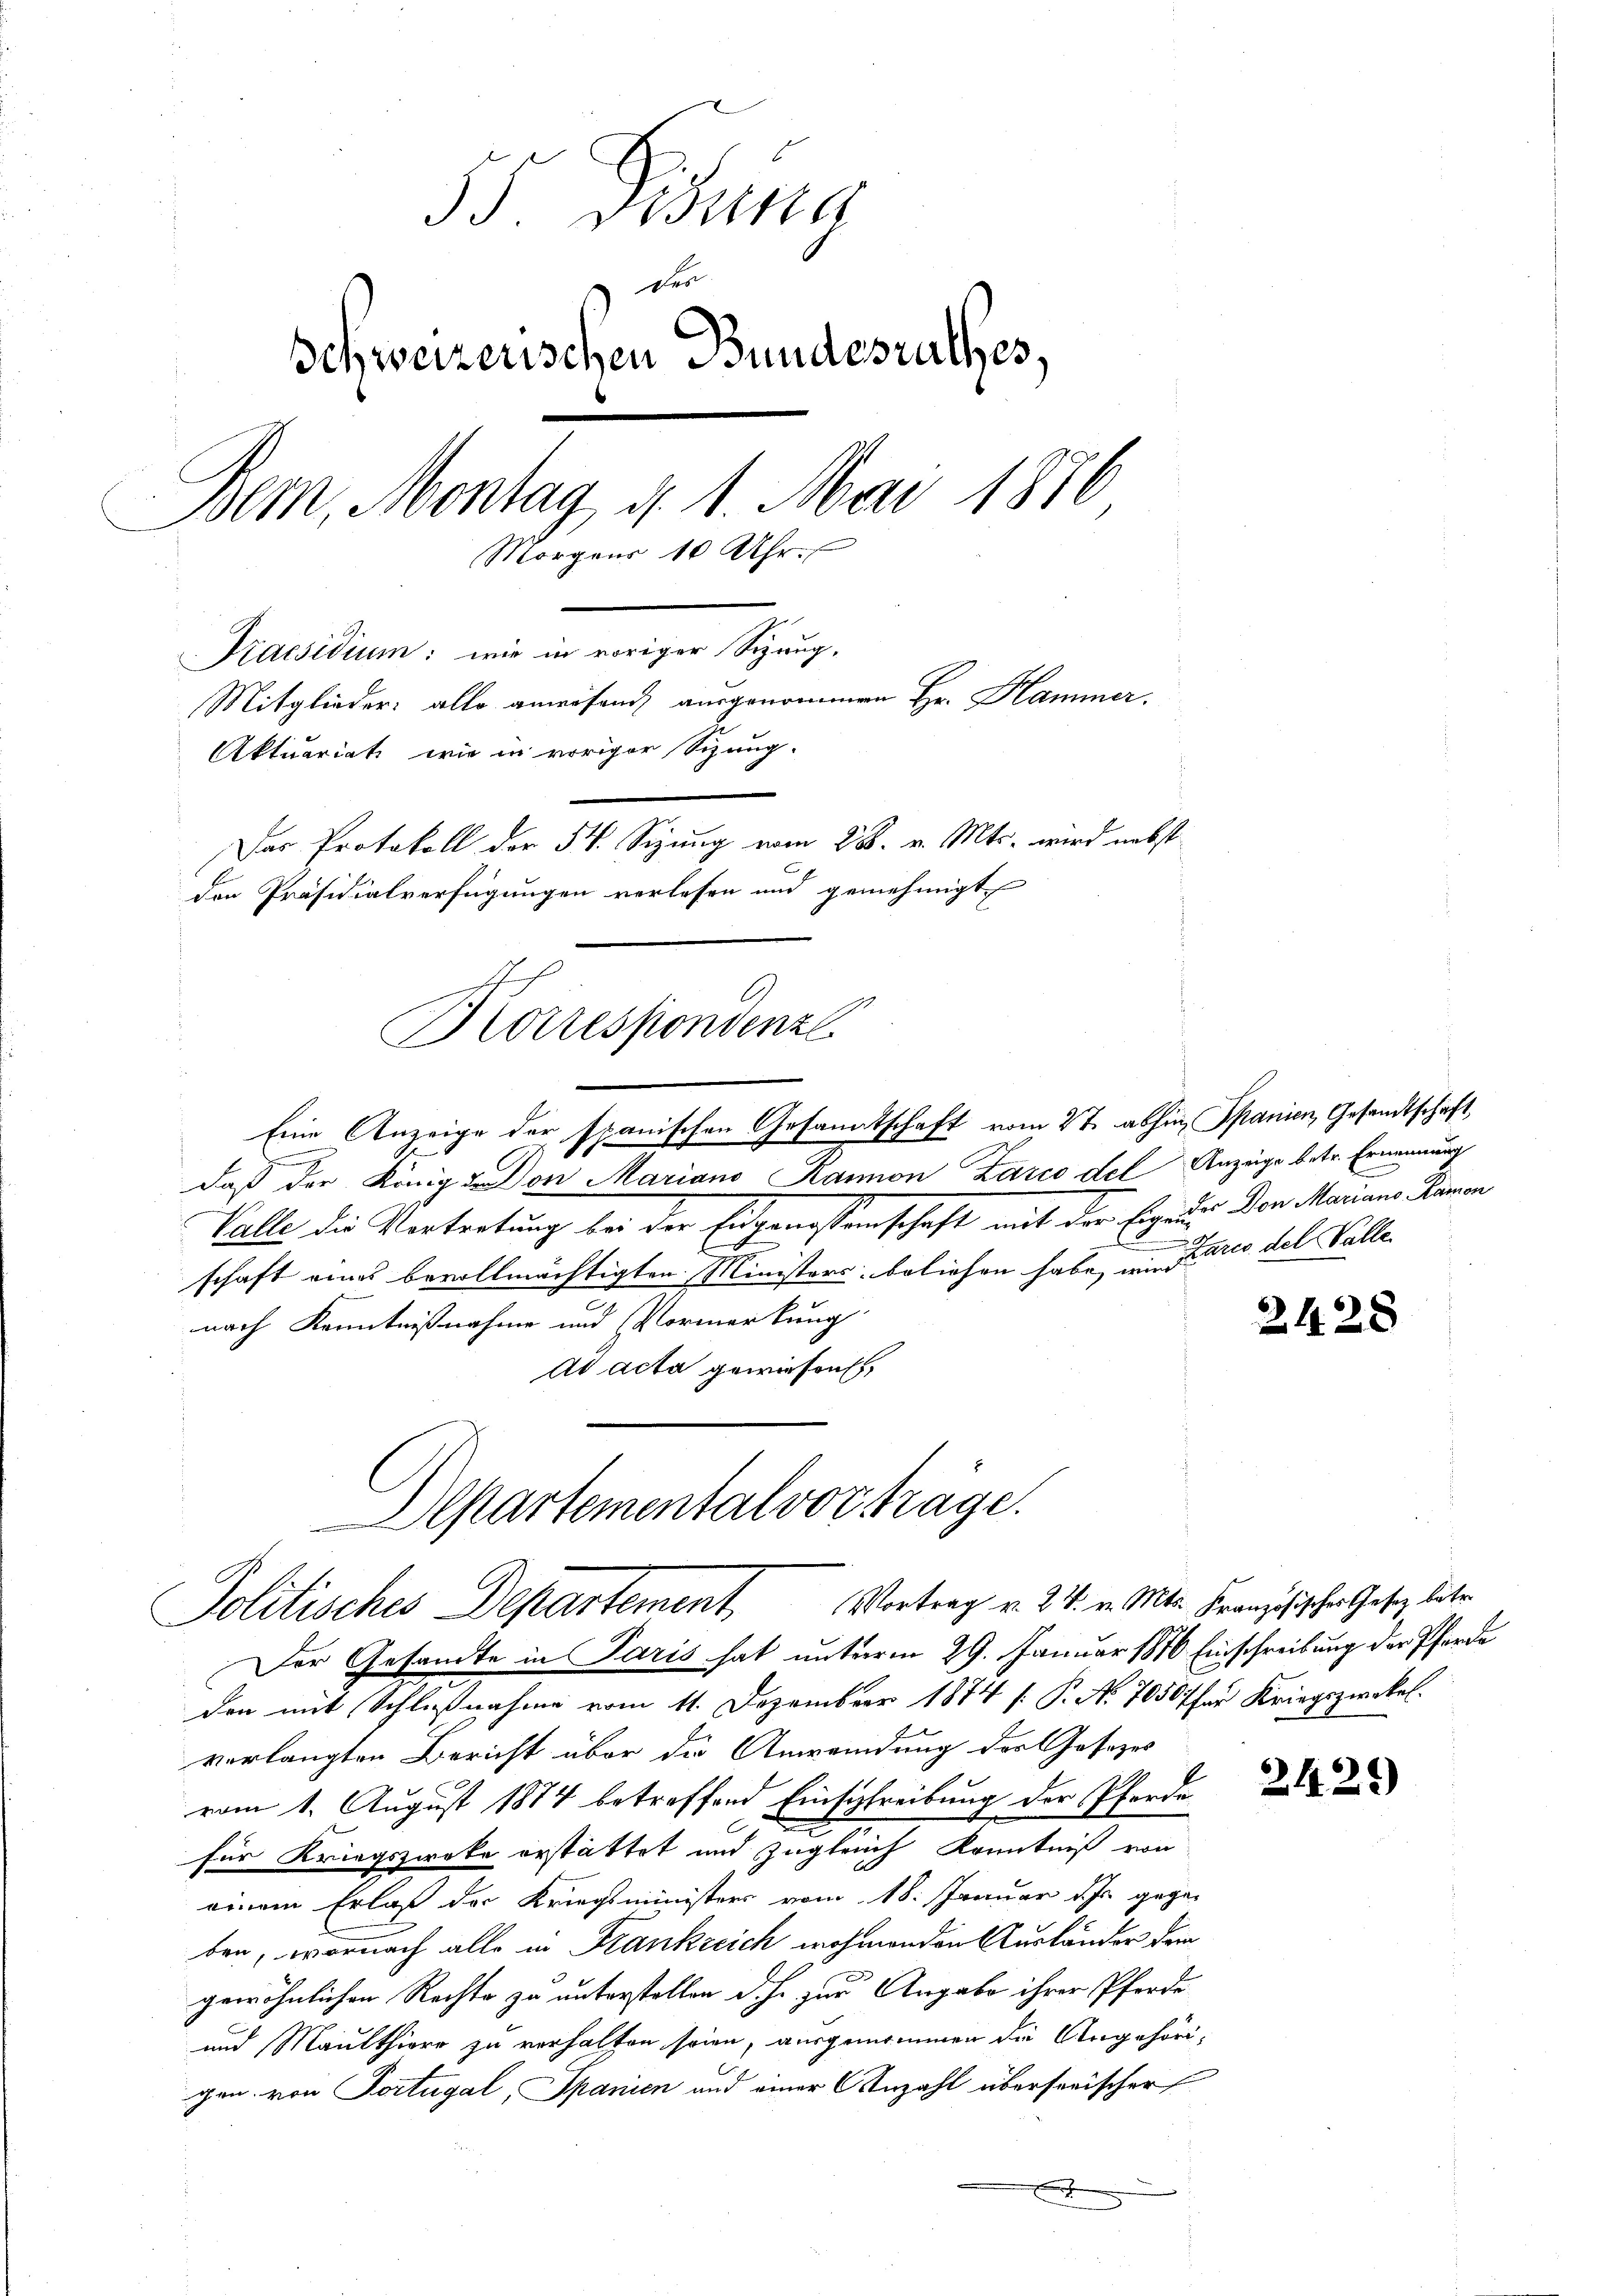
35. Disena
der
Schweizerischen Bundesrathes,
Bem, Montag d. 1. Mai 1816
Morgens 10 Uhr.
Kaesidium: wie in voriger Schaug.
Mitglieder: alle anwesend ausgenommen Hr. Hammer.
Aktuariati, wie in voriger Schaug-
Das Protokoll der 5. Sizung vom 28. v. Mts. wird nebst
den Präsidialverfügungen verlesen und genehmigt

s
Blorrespondenze
Eine Anzeige der spanischen Gesandtschaft vom 27. abhin Spanien, Gesandtschaft

.
daß der König on Mariano Kanton Zazco del Anzeige betr. Ernennung
Valle die Vortretung bei der Eidgenossenschaft mit der Eigenes Don Marians Komen
schaft eines bevollmächtigten Ministers beliefen habe, um Arco del Valle
nach Kenntnißnahme und Vormerkung
Ad acta gewiesen

Departementalvortrage.
Politisches Departement. Vortrag v. 24. v. Mts. Französischen Gesez later

Der Gesandte in Paris hat unterm 29. Januar 1816 Einschreibung der Pferde
den mit Schlußnahme vom 11. Dezember 1874 [ P. No 7050 Ehre Kriegszwekel.
verlangten Bericht über die Anwendung des Gesezes
vom 1. August 1874 betreffend Einschreibung der Pferde
für Kriegszweke erstattet und zugleich Kenntniß von
einem Erlaß der Kriegsministers vom 18. Januar ihr gegeben, wornach alle in Frankreich nehmenden Ausländer dem
gewöhnlichen Rechte zu unterstellen d. h. zur Angabe ihrer Pferde
und Maulthiere zu verhalten seien, ausgenommen die Angehörigen. von Portugal, Spanien und einer Anzahl überserischer
e

2428

2425)